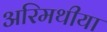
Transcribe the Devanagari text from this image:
अरिमथीया